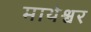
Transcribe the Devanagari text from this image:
माथेश्वर